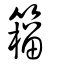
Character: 籕